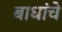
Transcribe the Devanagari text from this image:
बाधांचे